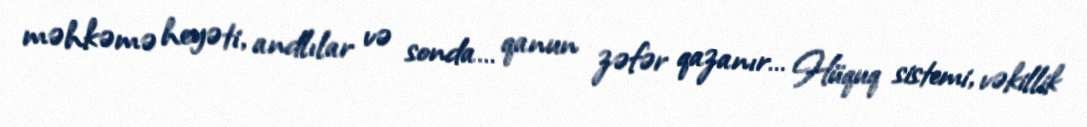
məhkəmə heyəti, andlılar və sonda… qanun zəfər qazanır… Hüquq sistemi, vəkillik